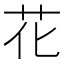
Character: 花